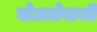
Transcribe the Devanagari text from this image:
घोटालेबाजी